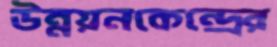
উন্নয়নকেন্দ্রের